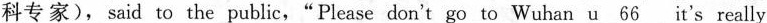
科专家)，said to the public，"Please don't go to Wuhan 、underline{u 66} it's really